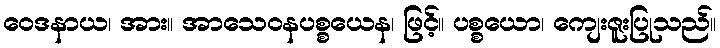
ဝေဒနာယ၊ အား။ အာသေဝနပစ္စယေန၊ ဖြင့်။ ပစ္စယော၊ ကျေးဇူးပြုသည်။